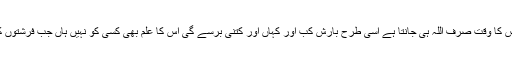
قیامت کے آنے کا صحیح وقت نہ کوئی نبی مرسل جانے نہ کوئی مقرب فرشتہ ، اس کا وقت صرف اللہ ہی جانتا ہے اسی طرح بارش کب اور کہاں اور کتنی برسے گی اس کا علم بھی کسی کو نہیں ہاں جب فرشتوں کو حکم ہوتا ہے جو اس پر مقرر ہیں تب وہ جانتے ہیں اور جسے اللہ معلوم کرائے ۔